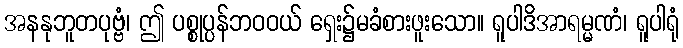
အနနုဘူတပုဗ္ဗံ၊ ဤ ပစ္စုပ္ပန်ဘဝဝယ် ရှေး၌မခံစားဖူးသော။ ရူပါဒိအာရမ္မဏံ၊ ရူပါရုံ